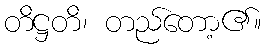
တိဋ္ဌတိ၊ တည်တော့၏။